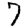
Digit: 7